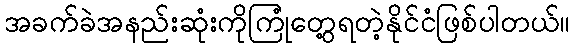
အခက်ခဲအနည်းဆုံးကိုကြုံတွေ့ရတဲ့နိုင်ငံဖြစ်ပါတယ်။